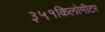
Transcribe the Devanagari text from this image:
३५१किलोमीटर